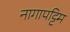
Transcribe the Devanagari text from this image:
नागापट्टिम